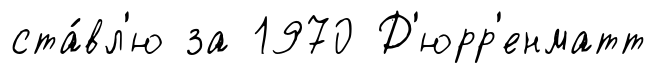
ста́вл'ю за 1970 Д'юрр'енматт